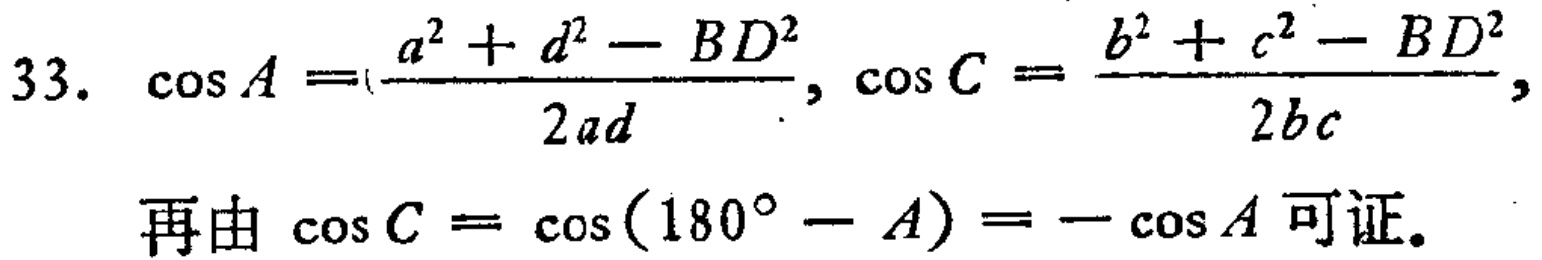
33. \(\cos A =\frac{a^{2} + d^{2} - BD^{2}}{2ad}, \cos C = \frac{b^{2} + c^{2} - BD^{2}}{2bc},\)
再由 \(\cos C = \cos(180^{\circ} - A) = -\cos A\) 可证。